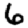
Digit: 6